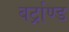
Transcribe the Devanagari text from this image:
बर्ट्राण्ड